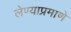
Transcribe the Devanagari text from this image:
लेण्याप्रमाणे